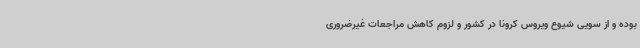
بوده و از سویی شیوع ویروس کرونا در کشور و لزوم کاهش مراجعات غیرضروری